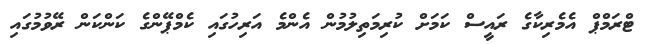
ޓްރަމްޕް އެމެރިކާގެ ރައީސް ކަމަށް ކުރިމަތިލުމުން އެންމެ އަރިހުގައި ކެމްޕޭންގެ ކަންކަން ރޭވުމުގައި